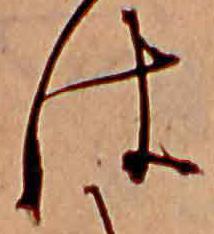
は